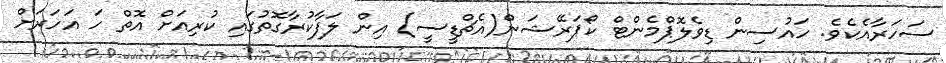
ސަހަރާއެކެވެ. ހައުސިން ޑިވެލޮޕްމެންޓް ކޯޕަރޭޝަން(އެޗްޑީސީ) އިން ލަފާކުރާގޮތުގައި ކުރިއަށް އޮތް ހަ އަހަރަށް